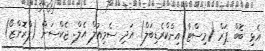
އެޅި ބޮބް ޕަރް (މިސްޓާ އިންކްރެޑިބަލް) އަދި ސެމިއުލް އެލް. ޖެކްސަން (ފްރޮންޒޯ)